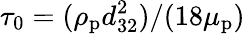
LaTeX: \tau_{0}=(\rho_{\mathrm{p}}d_{32}^{2})/(18\mu_{\mathrm{p}})